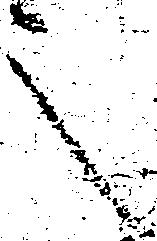
之